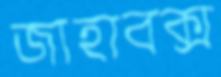
জাহাবক্স